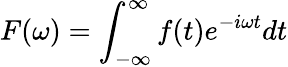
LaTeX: F(\omega)=\int_{-\infty}^{\infty}f(t)e^{-i\omega t}dt